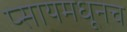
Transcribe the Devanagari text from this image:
प्सायमधूनच